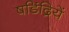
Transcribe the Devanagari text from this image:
षडिंद्रियें